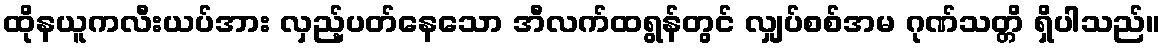
ထိုနယူကလီးယပ်အား လှည့်ပတ်နေသော အီလက်ထရွန်တွင် လျှပ်စစ်အမ ဂုဏ်သတ္တိ ရှိပါသည်။